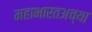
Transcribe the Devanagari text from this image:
महाभारतअच्या